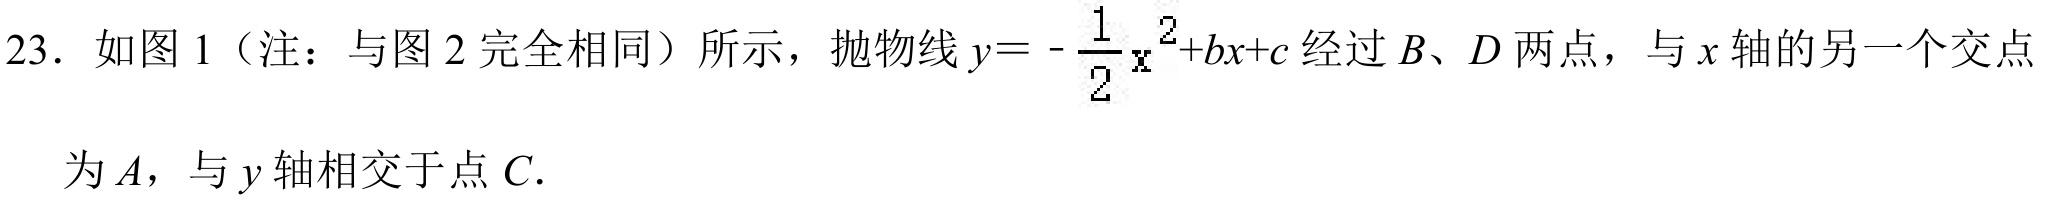
23. 如图 1（注：与图 2 完全相同）所示，抛物线\(y = -\frac{1}{2}x^{2}+bx + c\)经过\(B\)、\(D\)两点，与\(x\)轴的另一个交点
为\(A\)，与\(y\)轴相交于点\(C\).